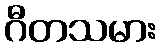
ဂီတသမား